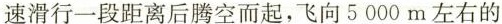
速滑行一段距离后腾空而起，飞向5000m左右的